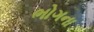
ભોગના